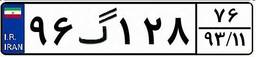
۰۲گ۸۲۴۱۰